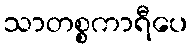
သာတစ္စကာရီပေ